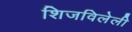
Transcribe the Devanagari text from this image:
शिजविलेली